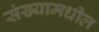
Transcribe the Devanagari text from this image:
संख्यामधील